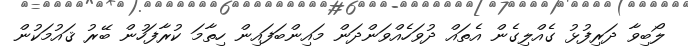
ލޯބިވާ ދަރިފުޅު ގެއްލިގެން އެތައް ދުވަހެއްވަންދަން މައިންބަފައިން ހިތާމަ ކުރާފަހުން ބޭރު ޤައުމަކުން